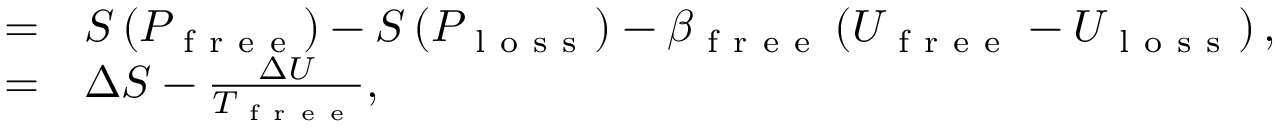
\begin{array} { r l } { = } & { { } S \left( P _ { \mathrm { ~ f ~ r ~ e ~ e ~ } } \right) - S \left( P _ { \mathrm { ~ l ~ o ~ s ~ s ~ } } \right) - \beta _ { \mathrm { ~ f ~ r ~ e ~ e ~ } } \left( U _ { \mathrm { ~ f ~ r ~ e ~ e ~ } } - U _ { \mathrm { ~ l ~ o ~ s ~ s ~ } } \right) , } \\ { = } & { { } \Delta S - \frac { \Delta U } { T _ { \mathrm { ~ f ~ r ~ e ~ e ~ } } } , } \end{array}